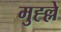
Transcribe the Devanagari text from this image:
मुह्ल्ले